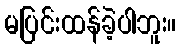
မပြင်းထန်ခဲ့ပါဘူး။